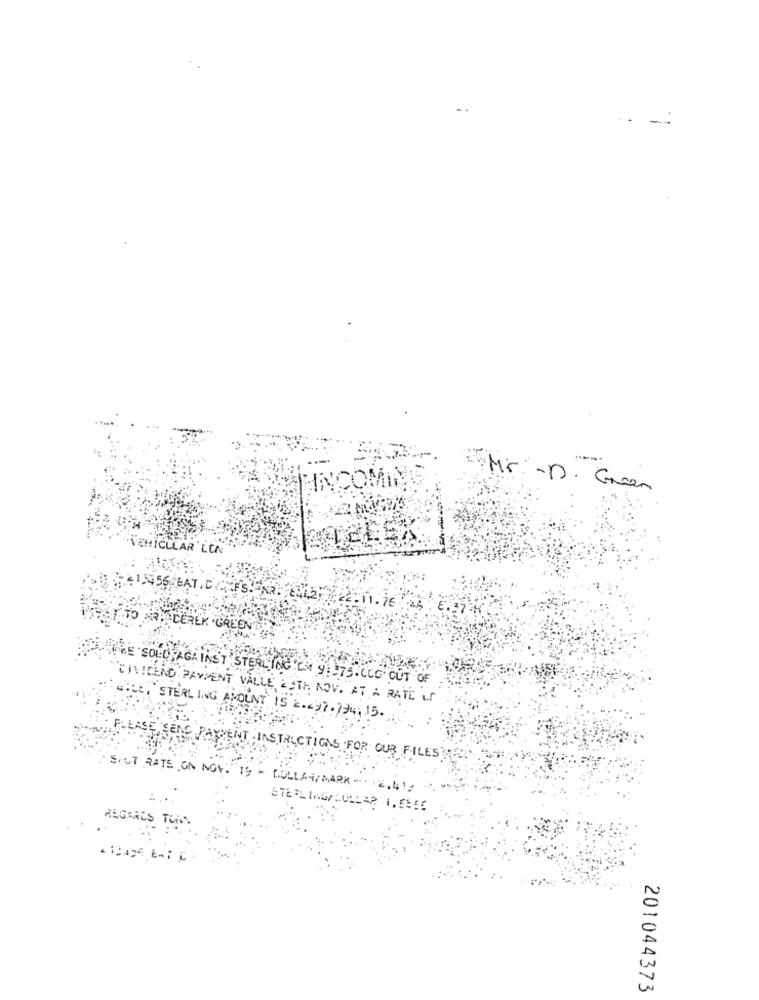
..
INCOMIN
Mir: - D. Green
VEHICULAR LUN
413456 BAT. CONFS. NR.
CEREK .GREEN
·SOLL
DIVIDEND PAYMENT VALLI
G' OUT OF
STERLING AMOUNT
H ADV. AT A RATE of
17.734;15.
STRUCTIONS FOR OUR FILES
SOLT RATE , ON NOV. 19
COLLAR/ MARK -. 12.
REGARDS TOM
201044373